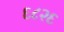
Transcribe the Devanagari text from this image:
६८२६